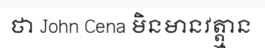
ថា John Cena មិនមានវត្ត្មាន